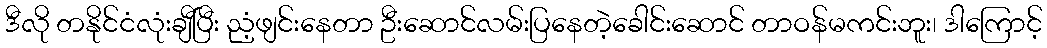
ဒီလို တနိုင်ငံလုံးချီပြီး ညံ့ဖျင်းနေတာ ဦးဆောင်လမ်းပြနေတဲ့ခေါင်းဆောင် တာဝန်မကင်းဘူး၊ ဒါကြောင့်